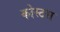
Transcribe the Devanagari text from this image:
कोस्टस